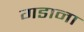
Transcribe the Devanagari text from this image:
गडाना